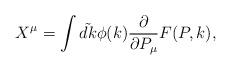
LaTeX: \begin{align*}X^{\mu} = \int\tilde{dk}\phi(k){\frac{\partial}{{\partial P_{\mu}}}} F(P, k),\end{align*}